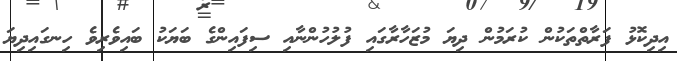
އިދިކޮޅު ފަރާތްތަކުން ކުރަމުން ދިޔަ މުޒަހާރާގައި ފުލުހުންނާއި ސިފައިންގެ ބަޔަކު ބައިވެރިވެ ހިނގައިދިޔަ